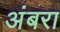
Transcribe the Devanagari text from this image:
अंबरा